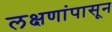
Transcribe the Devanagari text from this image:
लक्षणांपासून